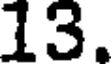
13.